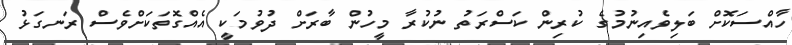
ހާއްސަކޮށް ބަލިވެއިނުމުގެ ކުރިން ކަސްރަތު ނުކުރާ މީހުން ބާރަށް ދުވުމަކީ އެއްގޮތަކަށްވެސް ރަނގަޅު